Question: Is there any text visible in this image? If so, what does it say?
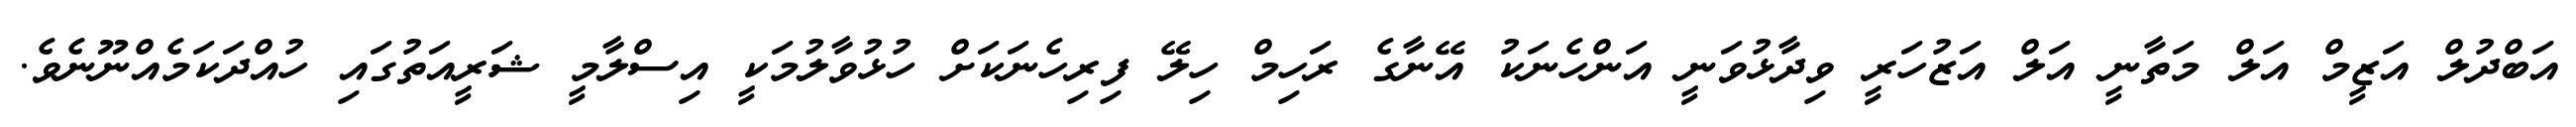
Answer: އަބްދުލް އަޒީމް އަލް މަތާނީ އަލް އަޒުހަރީ ވިދާޅުވަނީ އަންހެނަކު އޭނާގެ ރަހިމް ހިލޭ ފިރިހެނަކަށް ހުޅުވާލުމަކީ އިސްލާމީ ޝަރީއަތުގައި ހުއްދަކަމެއްނޫނެވެ.